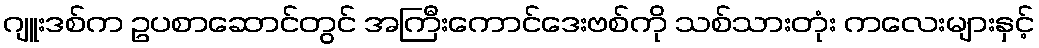
ဂျူးဒစ်က ဥပစာဆောင်တွင် အကြီးကောင်ဒေးဗစ်ကို သစ်သားတုံး ကလေးများနှင့်